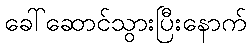
ခေါ်ဆောင်သွားပြီးနောက်